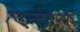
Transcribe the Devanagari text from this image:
ऐन्टीना